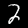
Digit: 2